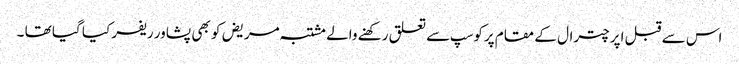
اس سے قبل اپر چترال کے مقام پرکوسپ سے تعلق رکھنے والے مشتبہ مریض کو بھی پشاور ریفر کیا گیا تھا ۔